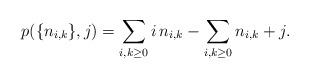
LaTeX: \begin{align*} p(\{n_{i, k}\}, j) = \sum_{i, k \geq 0} i\,n_{i, k} - \sum_{i, k \geq 0} n_{i, k} + j. \end{align*}